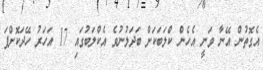
އެގޮތުން އޭނާ ވަނީ އެހެން ކްލަބަކަށް ބަދަލުނުވެ އެކްލަބުގައި 17 އަހަރު ހޭދަކޮށްފަ